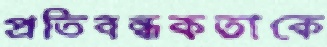
প্রতিবন্ধকতাকে